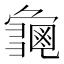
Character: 𮯛